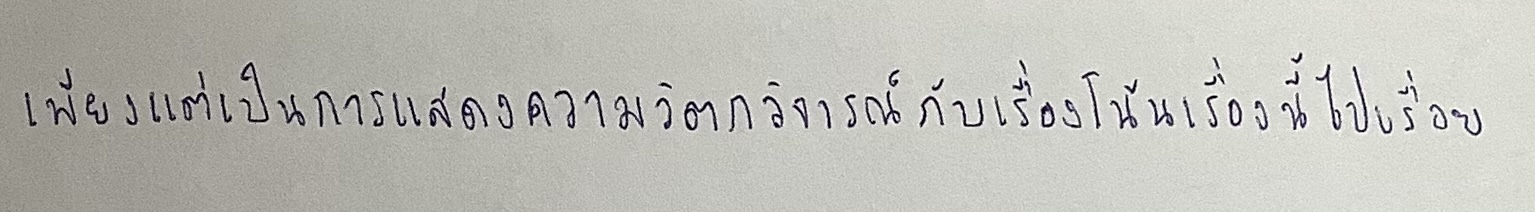
เพียงแต่เป็นการแสดงความวิตกวิจารณ์กับเรื่องโน้นเรื่องนี้ไปเรื่อย